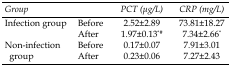
| <COLSPAN=2> Group | PCT(μg/L) | CRP(mg/L) |
 | --- | --- | --- | --- |
 | <ROWSPAN=2> Infection group | Before | 2.52±2.89 | 73.81±18.27 |
 | After | 1.97±0.13*# | 7.34±2.66* |
 | <ROWSPAN=2> Non-infection group | Before | 0.17±0.07 | 7.91±3.01 |
 | After | 0.23±0.06 | 7.27±2.43 |